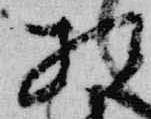
相